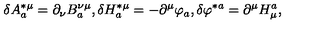
\delta A _ { a } ^ { * \mu } = \partial _ { \nu } B _ { a } ^ { \nu \mu } , \delta H _ { a } ^ { * \mu } = - \partial ^ { \mu } \varphi _ { a } , \delta \varphi ^ { * a } = \partial ^ { \mu } H _ { \mu } ^ { a } ,